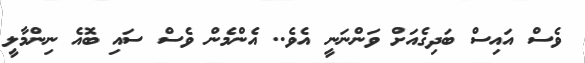
ވެސް އައިސް ބަދިގެއަށް ވަންނަނީ އެވެ.. އެންމެން ވެސް ސައި ބޮއެ ނިންމާލީ